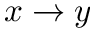
x \to y